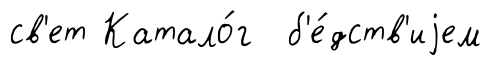
св'ет Катало́г б'е́дств'иjем